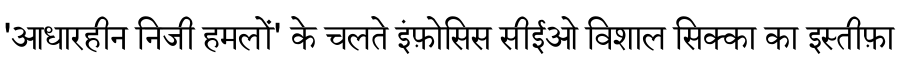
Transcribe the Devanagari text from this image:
'आधारहीन निजी हमलों' के चलते इंफ़ोसिस सीईओ विशाल सिक्का का इस्तीफ़ा